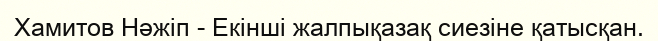
Хамитов Нәжіп - Екінші жалпықазақ сиезіне қатысқан.